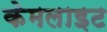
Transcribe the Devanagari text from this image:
केमलाइट